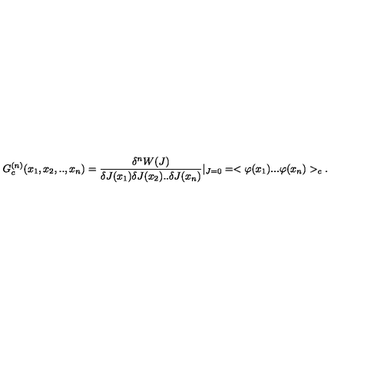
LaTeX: G _ { c } ^ { ( n ) } ( x _ { 1 } , x _ { 2 } , . . , x _ { n } ) = \frac { \delta ^ { n } W ( J ) } { \delta J ( x _ { 1 } ) \delta J ( x _ { 2 } ) . . \delta J ( x _ { n } ) } | _ { J = 0 } = < \varphi ( x _ { 1 } ) . . . \varphi ( x _ { n } ) > _ { c } .